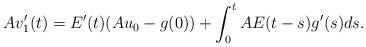
LaTeX: \begin{align*} Av_1'(t) = E'(t)(Au_0 - g(0)) + \int_0^t AE(t-s)g'(s)ds. \end{align*}